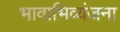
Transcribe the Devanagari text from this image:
भावाभिव्यंजना